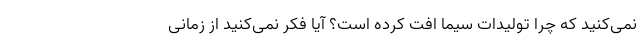
نمی‌کنید که چرا تولیدات سیما افت کرده است؟ آیا فکر نمی‌کنید از زمانی